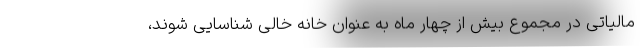
مالیاتی در مجموع بیش از چهار ماه به عنوان خانه خالی شناسایی شوند،